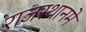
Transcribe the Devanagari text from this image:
राजस्थानमे